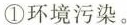
①环境污染。